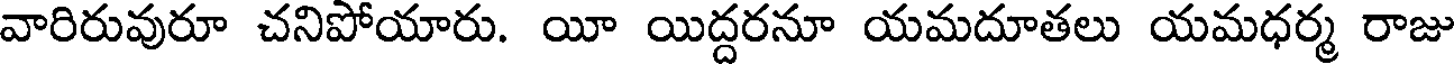
వారిరువురూ చనిపోయారు. యీ యిద్దరనూ యమదూతలు యమధర్మ రాజు